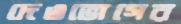
দেওভোগের